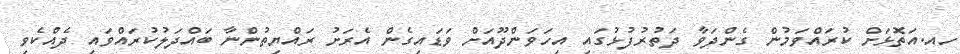
ހއ.އަތޮޅަށް ކުރައްވަމުން ގެންދަވާ ދަތުރުފުޅުގައި އިހަވަންދޫއަށް ވަޑައިގެން އެރަށު ރައްޔިތުންނާ ބައްދަލުކުރައްވައި ދެއްކެވި